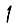
Digit: 1